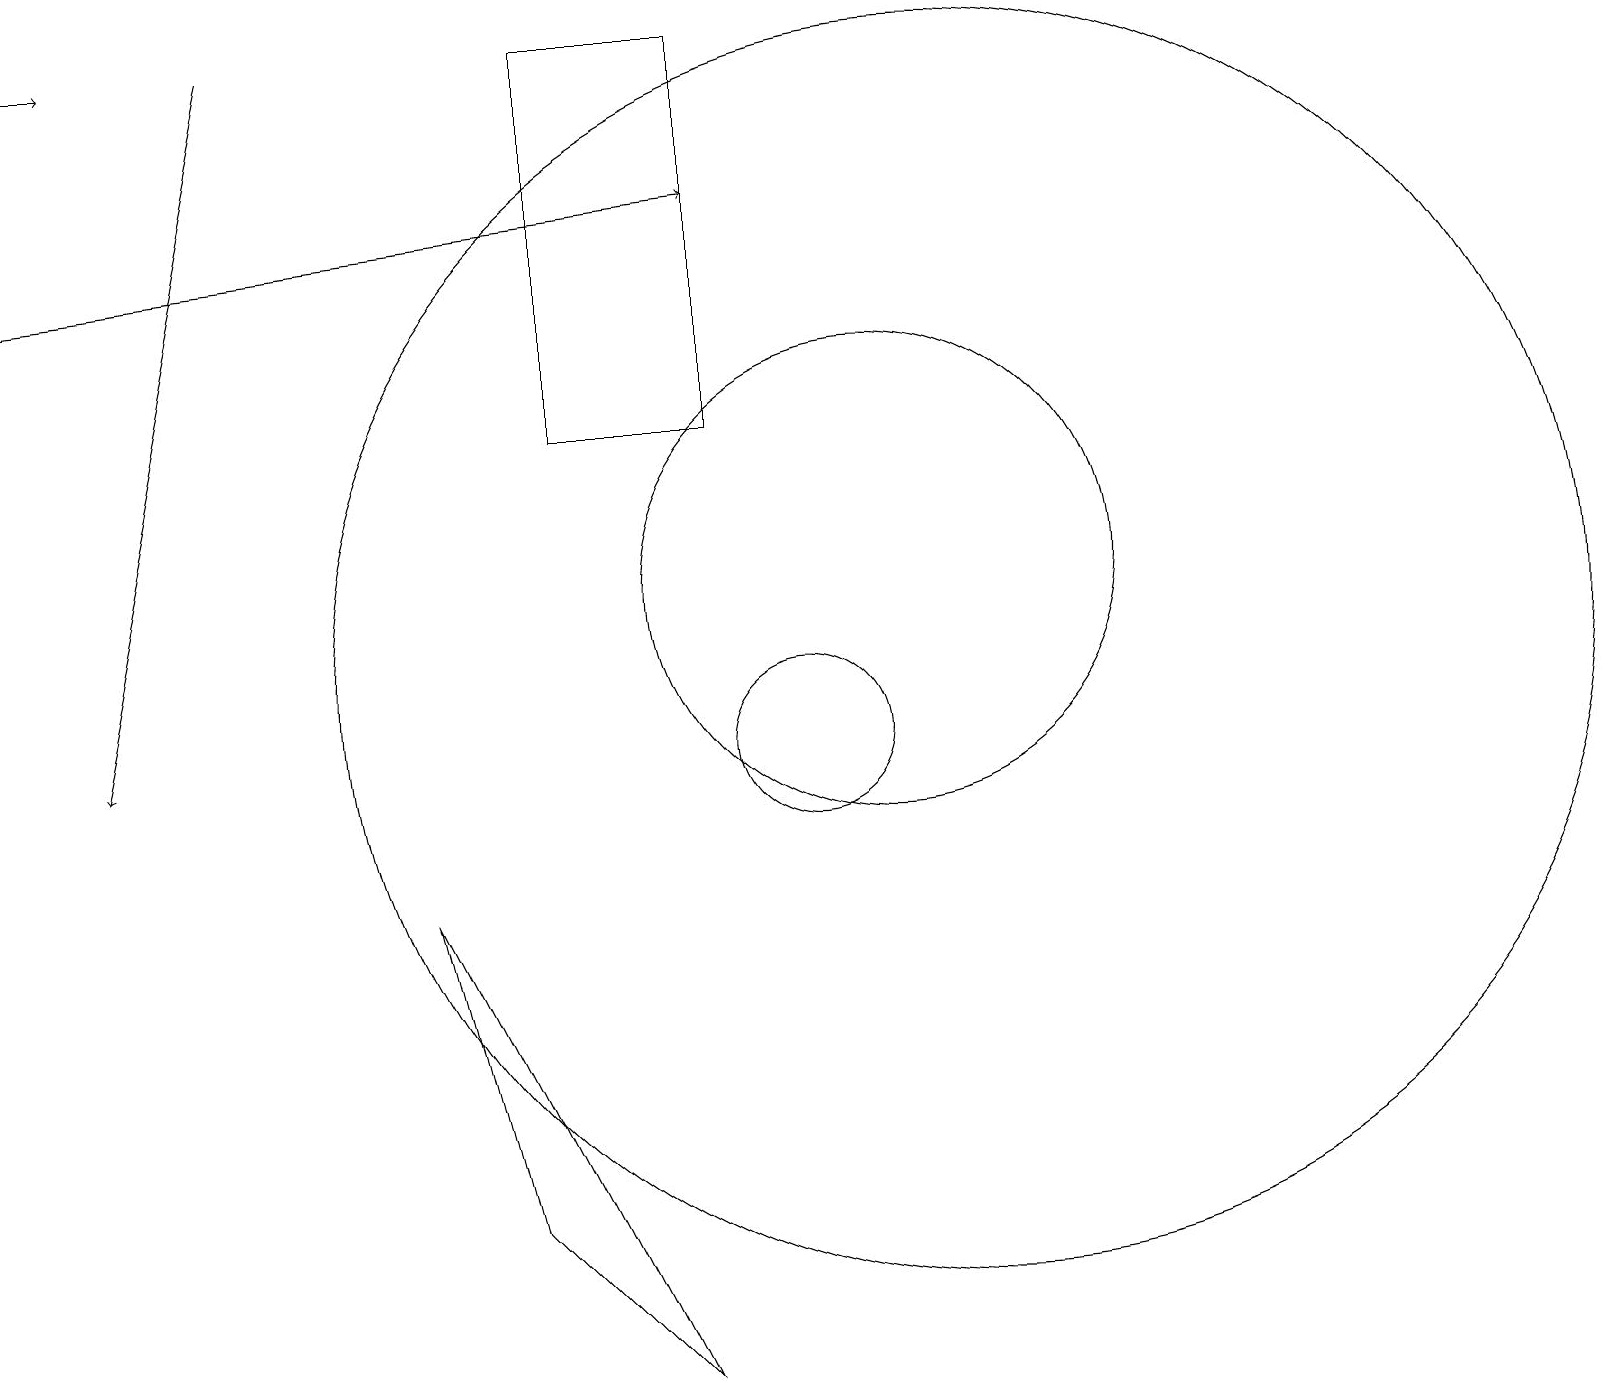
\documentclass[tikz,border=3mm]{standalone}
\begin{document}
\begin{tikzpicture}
\draw (12,11) circle (8);
\draw (11,12) circle (3);
\draw (10,10) circle (1);
\draw (5,8) -- (8,2) -- (6,4) -- cycle;
\draw[->] (0,19) -- (1,19);
\draw[->] (3,19) -- (1,10);
\draw[->] (0,16) -- (9,17);
\draw (9,14) rectangle (7,19);
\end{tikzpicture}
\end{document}